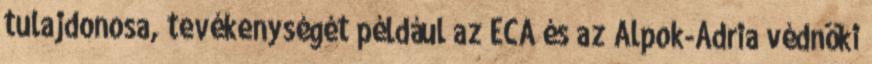
tulajdonosa, tevékenységét például az ECA és az Alpok-Adria védnöki